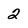
Character: 2